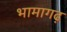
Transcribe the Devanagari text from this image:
भामागढ़